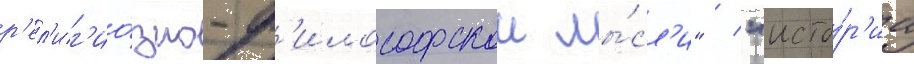
р'ел'иг'ио́зно-ф'илософскои мы́сл'и" / "исто́р'иа